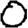
Digit: 0